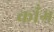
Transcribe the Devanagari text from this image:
कॉंग